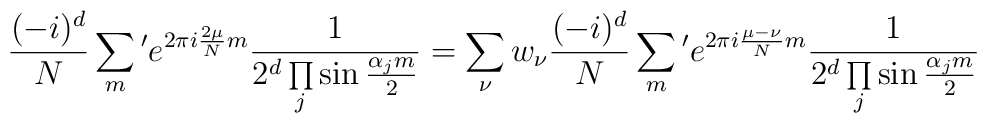
{(-i)^d\over N} \sum_m{}^\prime e^{2\pi i{2\mu\over N} m} {1\over 2^d\prod\limits_j\sin{\alpha_j m\over 2}}=\sum_\nu w_\nu {(-i)^d\over N} \sum_m{}^\prime e^{2\pi i{\mu-\nu\over N} m}{1\over 2^d\prod\limits_j\sin{\alpha_j m\over 2}}